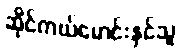
ဆိုင်ကယ်မောင်းနှင်သူ